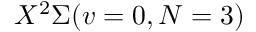
X ^ { 2 } \Sigma ( v = 0 , N = 3 )